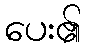
ပေး၏